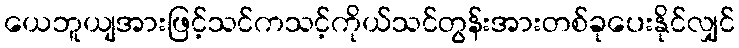
ယေဘူယျအားဖြင့်သင်ကသင့်ကိုယ်သင်တွန်းအားတစ်ခုပေးနိုင်လျှင်